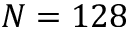
N = 1 2 8